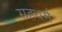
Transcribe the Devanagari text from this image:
सहधर्म